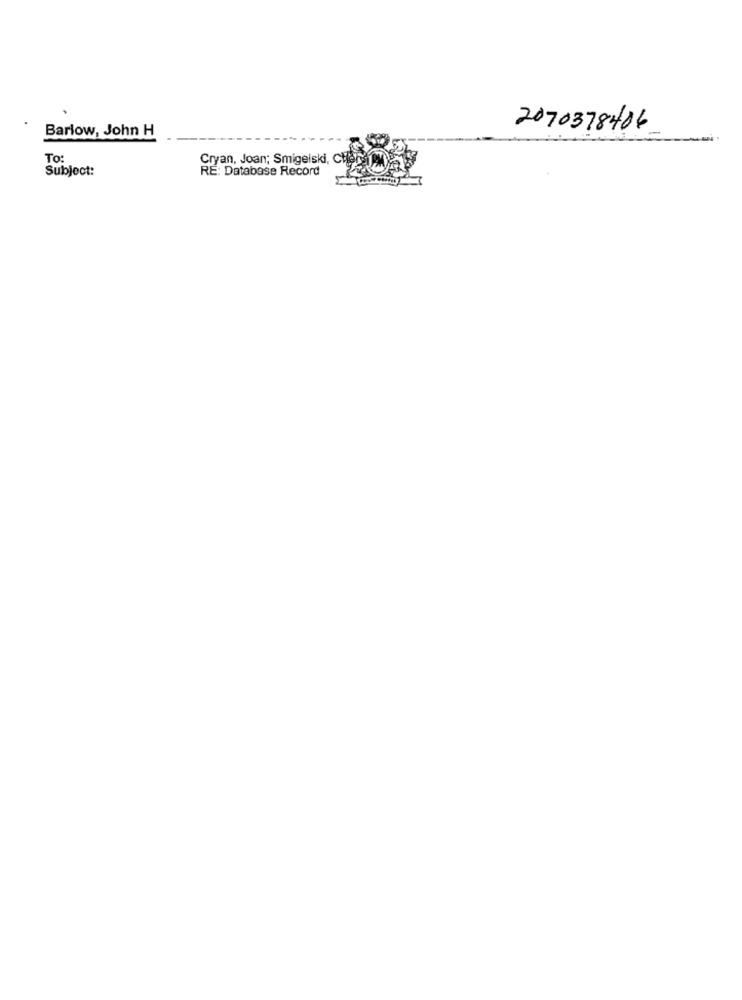
Barlow, John H
2070378406
To:
Subject:
RE: Database Record
Cryan, Joan; Smigelski, CHer Mes